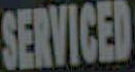
SERVICED